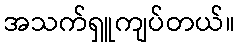
အသက်ရှူကျပ်တယ်။